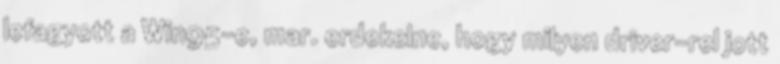
lefagyott a Win95-e, mar. erdekelne, hogy milyen driver-rel jott